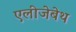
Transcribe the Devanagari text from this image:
एलीजेबेथ